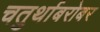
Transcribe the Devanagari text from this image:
चतुर्थाबरोबर